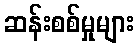
ဆန်းစစ်မှုများ